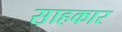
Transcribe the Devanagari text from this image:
स़ाहकार